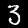
Label: 3